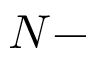
N -